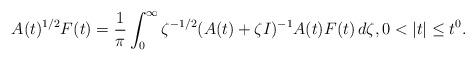
LaTeX: \begin{align*}A(t)^{1/2} F(t) = \frac{1}{\pi} \int_{0}^{\infty} \zeta^{-1/2} (A(t) + \zeta I)^{-1} A(t) F(t) \, d\zeta, 0 < |t| \le t^0.\end{align*}